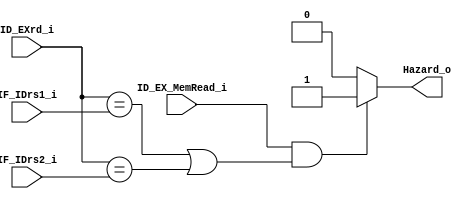
module HazardDetect(
    IF_IDrs1_i,
    IF_IDrs2_i,
    ID_EXrd_i,
    ID_EX_MemRead_i,
    Hazard_o,
);

input ID_EX_MemRead_i;
input [4:0] IF_IDrs1_i, IF_IDrs2_i, ID_EXrd_i;
output Hazard_o;

assign Hazard_o = ((ID_EX_MemRead_i && (ID_EXrd_i == IF_IDrs1_i || ID_EXrd_i == IF_IDrs2_i))? 1'b1 : 1'b0);

endmodule

//lw a1, 0(a2)  add a3, a1, a4  : two instructions have same a1 => hazard occurs
//=> add have to wait until lw finishes (ID_EX_MemRead_i = 1)